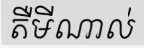
តឺមីណាល់